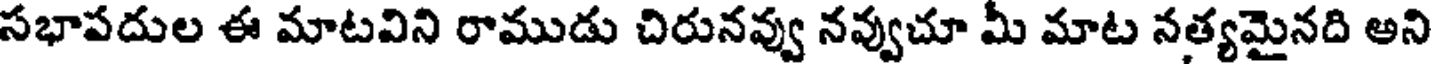
సభాపదుల ఈ మాటవిని రాముడు చిరునవ్వు నవ్వుచూ మీ మాట నత్యమైనది అని